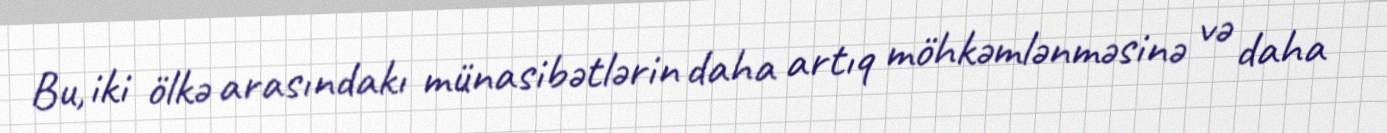
Bu, iki ölkə arasındakı münasibətlərin daha artıq möhkəmlənməsinə və daha